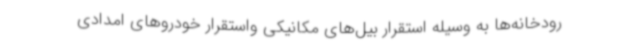
رودخانه‌ها به وسیله استقرار بیل‌های مکانیکی واستقرار خودروهای امدادی